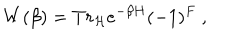
LaTeX: W ( \beta ) = T r _ { \cal H } e ^ { - \beta H } ( - 1 ) ^ { F } \ ,